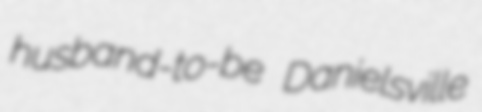
husband-to-be Danielsville